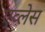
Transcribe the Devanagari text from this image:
एव्लेस